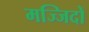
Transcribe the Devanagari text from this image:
मज्जिदों